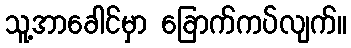
သူ့အာခေါင်မှာ ခြောက်ကပ်လျက်။